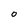
Character: o